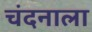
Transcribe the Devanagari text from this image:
चंदनाला